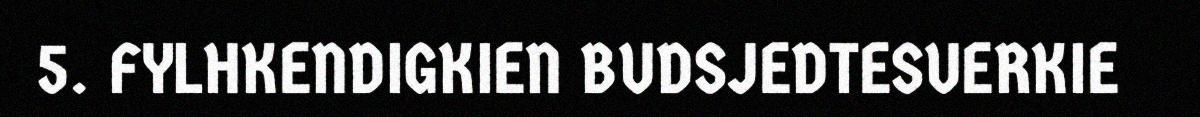
5. FYLHKENDIGKIEN BUDSJEDTESUERKIE